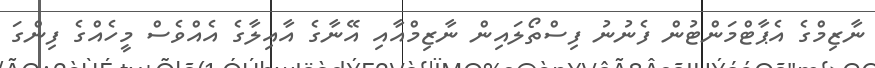
ނާޒިމްގެ އެޕާޓްމަންޓުން ފެނުނު ފިސްތޯލައިން ނާޒިމްއާއި އޭނާގެ އާއިލާގެ އެއްވެސް މީހެއްގެ ފިންގަ